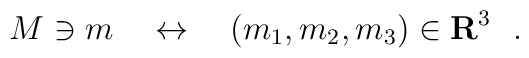
M \ni m \quad \leftrightarrow \quad (m_1, m_2, m_3)\in {\bf R}^3\ \ .